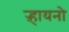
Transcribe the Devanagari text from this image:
ऱ्हायनो